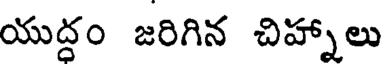
యుద్దం జరిగిన చిహ్నాలు